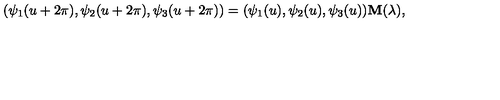
( \psi _ { 1 } ( u + 2 \pi ) , \psi _ { 2 } ( u + 2 \pi ) , \psi _ { 3 } ( u + 2 \pi ) ) = ( \psi _ { 1 } ( u ) , \psi _ { 2 } ( u ) , \psi _ { 3 } ( u ) ) { \bf M } ( \lambda ) ,